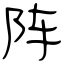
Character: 阵